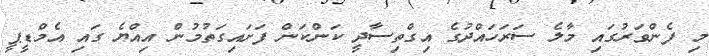
މި ފެންވަރުގައި މާލެ ސަރަހައްދުގެ އިގްތިސާދީ ކަންކަން ފަށައިގަތުމުން އިއްޔެ ގައި އެމްޑީޕީ